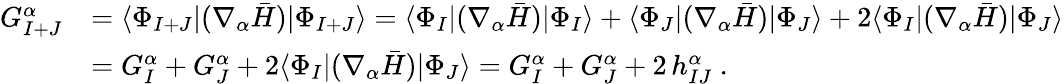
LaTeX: \begin{array}{rl}{G_{I+J}^{\alpha}}&{=\langle\Phi_{I+J}|(\nabla_{\alpha}\bar{H})|\Phi_{I+J}\rangle=\langle\Phi_{I}|(\nabla_{\alpha}\bar{H})|\Phi_{I}\rangle+\langle\Phi_{J}|(\nabla_{\alpha}\bar{H})|\Phi_{J}\rangle+2\langle\Phi_{I}|(\nabla_{\alpha}\bar{H})|\Phi_{J}\rangle}\\ &{=G_{I}^{\alpha}+G_{J}^{\alpha}+2\langle\Phi_{I}|(\nabla_{\alpha}\bar{H})|\Phi_{J}\rangle=G_{I}^{\alpha}+G_{J}^{\alpha}+2\, h_{IJ}^{\alpha}~.}\end{array}